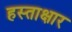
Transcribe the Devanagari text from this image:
हस्ताक्षार